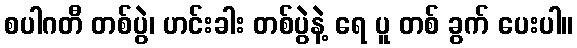
စပါဂတီ တစ်ပွဲ၊ ဟင်းခါး တစ်ပွဲနဲ့ ရေ ပူ တစ် ခွက် ပေးပါ။